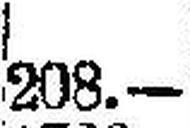
208.—